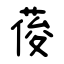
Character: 葰